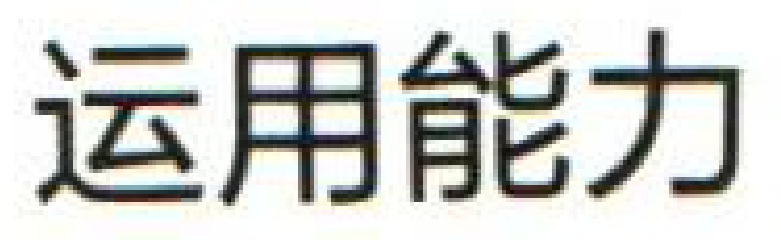
运用能力